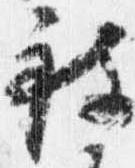
被